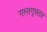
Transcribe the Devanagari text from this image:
गस्तगुफ्तार